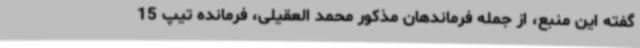
گفته این منبع، از جمله فرماندهان مذکور محمد العقیلی، فرمانده تیپ 15